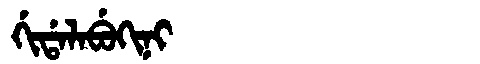
Manchu: ᡤᡳᡩᠠᠯᠠᠪᡠᡴᡳᠨᡳ
Romanization: GIDALABUKINI